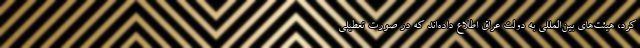
کرد، هیئت‌های بین‌المللی به دولت عراق اطلاع داده‌اند که در صورت تعطیلی